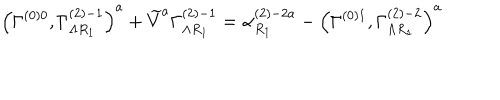
\left( \Gamma _ { } ^ { \left( 0 \right) 0 } , \Gamma _ { \Lambda R _ { 1 } } ^ { \left( 2 \right) - 1 } \right) ^ { a } + \widetilde { V } ^ { a } \Gamma _ { \Lambda R _ { 1 } } ^ { \left( 2 \right) - 1 } = \alpha _ { R _ { 1 } } ^ { \left( 2 \right) - 2 a } - \left( \Gamma _ { } ^ { \left( 0 \right) 1 } , \Gamma _ { \Lambda R _ { 1 } } ^ { \left( 2 \right) - 2 } \right) ^ { a }